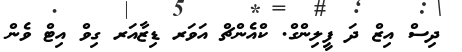
ދިސް އިޒް ދަ ފީލިންގް. ކްއެންޗް އަވަރ ޑިޒާއަރ ގިވް އިޓް ވެން